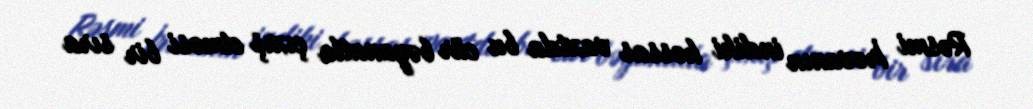
Rəsmi İrəvanın indiki həssas vaxtda bu cür bəyanatla çıxış etməsi bir sıra